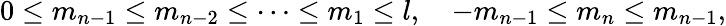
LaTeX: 0\leq m_{n-1}\leq m_{n-2}\leq\cdots\leq m_{1}\leq l,\quad-m_{n-1}\leq m_{n}\leq m_{n-1},